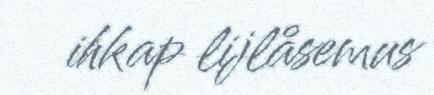
ihkap lijlåsemus